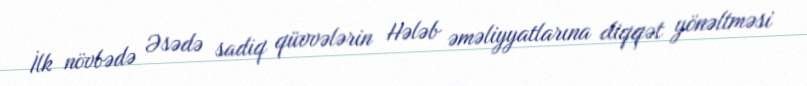
İlk növbədə Əsədə sadiq qüvvələrin Hələb əməliyyatlarına diqqət yönəltməsi